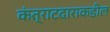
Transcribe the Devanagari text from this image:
कंत्राटदाराकडील